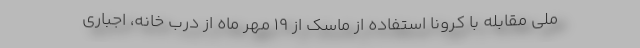
ملی مقابله با کرونا استفاده از ماسک از ۱۹ مهر ماه از درب خانه، اجباری